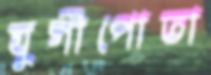
যুগীপোতা